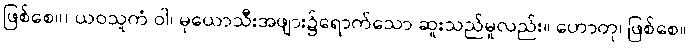
ဖြစ်စေ။) ယဝသူကံ ဝါ၊ မုယောသီးအဖျား၌ရောက်သော ဆူးသည်မူလည်း။ ဟောတု၊ ဖြစ်စေ။